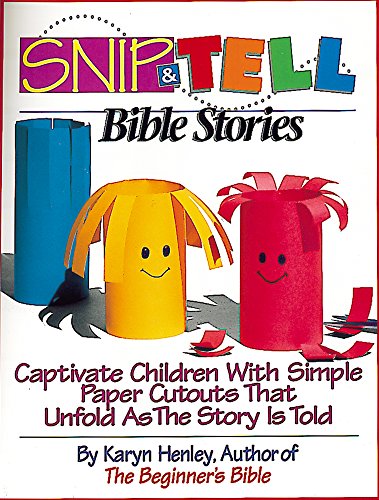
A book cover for Snip & Tell Bible Stories; Karyn Henley; Christian Books & Bibles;